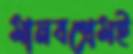
মানবপ্রেমই